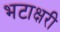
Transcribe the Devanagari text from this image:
भटाक्षरी